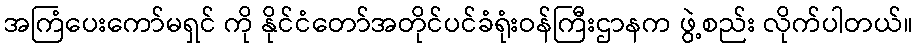
အကြံပေးကော်မရှင် ကို နိုင်ငံတော်အတိုင်ပင်ခံရုံးဝန်ကြီးဌာနက ဖွဲ့စည်း လိုက်ပါတယ်။